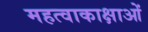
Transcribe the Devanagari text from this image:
महत्वाकाक्षाओं